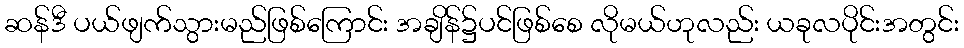
ဆန်ဒီ ပယ်ဖျက်သွားမည်ဖြစ်ကြောင်း အချိန်၌ပင်ဖြစ်စေ လိုမယ်ဟုလည်း ယခုလပိုင်းအတွင်း